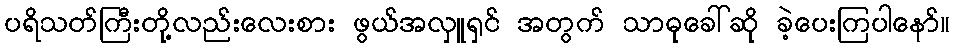
ပရိသတ်ကြီးတို့လည်းလေးစား ဖွယ်အလှူရှင် အတွက် သာဓုခေါ်ဆို ခဲ့ပေးကြပါနော်။